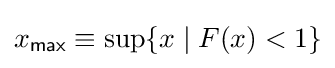
x_{\mathsf {max}}\equiv \sup\{x\mid F(x)<1\}